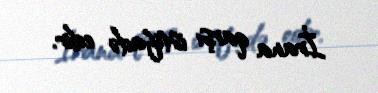
İrana qarşı istifadə edir.